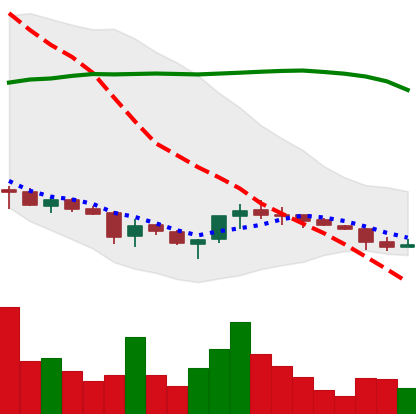
Ticker: ETC-USD
Chart end date: 2018-03-28
Forward return: -12.243%
Label: down_7plus